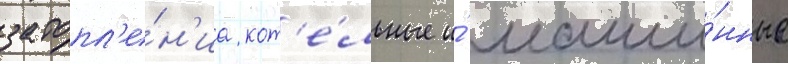
затопл'е́н'иа кот'е́льные и́ маши́нные